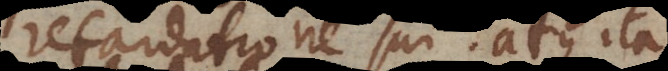
retardatione sui, atque ita